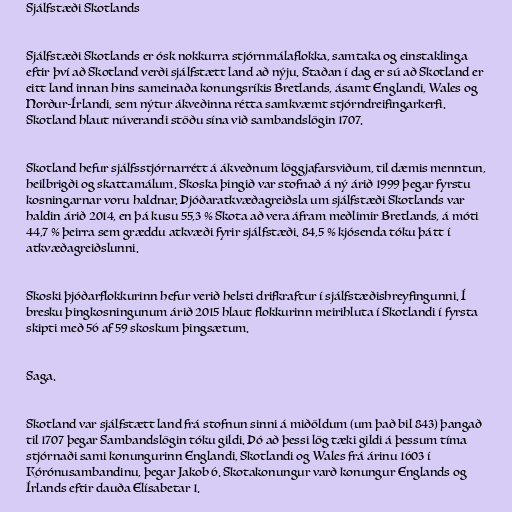
Sjálfstæði Skotlands

Sjálfstæði Skotlands er ósk nokkurra stjórnmálaflokka, samtaka og einstaklinga
eftir því að Skotland verði sjálfstætt land að nýju. Staðan í dag er sú að Skotland er
eitt land innan hins sameinaða konungsríkis Bretlands, ásamt Englandi, Wales og
Norður-Írlandi, sem nýtur ákveðinna rétta samkvæmt stjórndreifingarkerfi.
Skotland hlaut núverandi stöðu sína við sambandslögin 1707.

Skotland hefur sjálfsstjórnarrétt á ákveðnum löggjafarsviðum, til dæmis menntun,
heilbrigði og skattamálum. Skoska þingið var stofnað á ný árið 1999 þegar fyrstu
kosningarnar voru haldnar. Þjóðaratkvæðagreiðsla um sjálfstæði Skotlands var
haldin árið 2014, en þá kusu 55,3 % Skota að vera áfram meðlimir Bretlands, á móti
44,7 % þeirra sem græddu atkvæði fyrir sjálfstæði. 84,5 % kjósenda tóku þátt í
atkvæðagreiðslunni.

Skoski þjóðarflokkurinn hefur verið helsti drifkraftur í sjálfstæðishreyfingunni. Í
bresku þingkosningunum árið 2015 hlaut flokkurinn meirihluta í Skotlandi í fyrsta
skipti með 56 af 59 skoskum þingsætum.

Saga.

Skotland var sjálfstætt land frá stofnun sinni á miðöldum (um það bil 843) þangað
til 1707 þegar Sambandslögin tóku gildi. Þó að þessi lög tæki gildi á þessum tíma
stjórnaði sami konungurinn Englandi, Skotlandi og Wales frá árinu 1603 í
Kórónusambandinu, þegar Jakob 6. Skotakonungur varð konungur Englands og
Írlands eftir dauða Elísabetar 1.